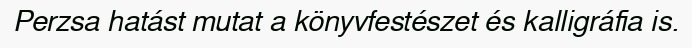
Perzsa hatást mutat a könyvfestészet és kalligráfia is.